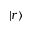
| r \rangle